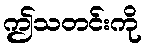
ဤသတင်းကို